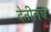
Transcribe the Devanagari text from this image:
देतीलच